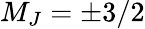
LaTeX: M_{J}=\pm 3/2